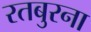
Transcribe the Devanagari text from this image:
रतबुरना